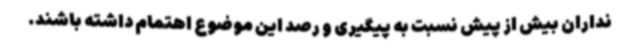
نداران بیش از پیش نسبت به پیگیری و رصد این موضوع اهتمام داشته باشند.